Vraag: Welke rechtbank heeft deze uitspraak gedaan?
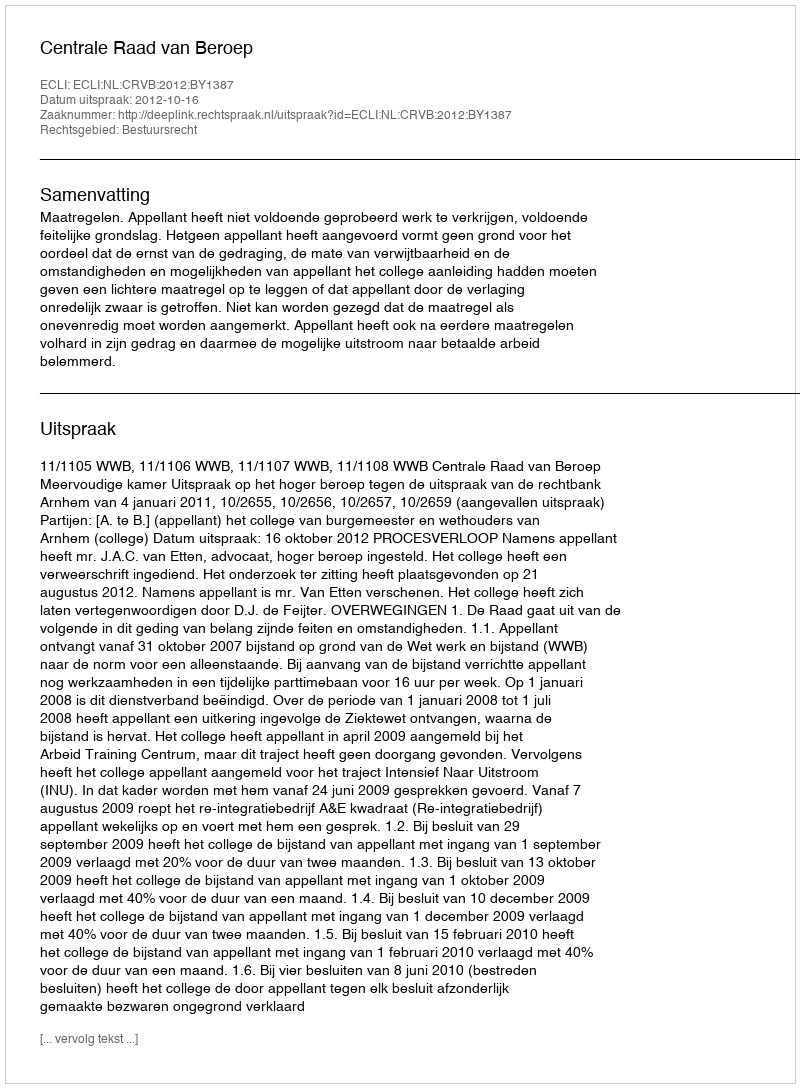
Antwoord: Centrale Raad van Beroep